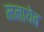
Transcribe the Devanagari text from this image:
मनायेब